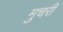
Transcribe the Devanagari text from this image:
मुचरी